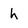
Character: h